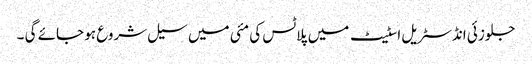
جلوزئی انڈسٹریل اسٹیٹ میں پلاٹس کی مئی میں سیل شروع ہو جائے گی ۔